Document type: Recognition
Year: 1437
Scribe: Pere Ponçgem
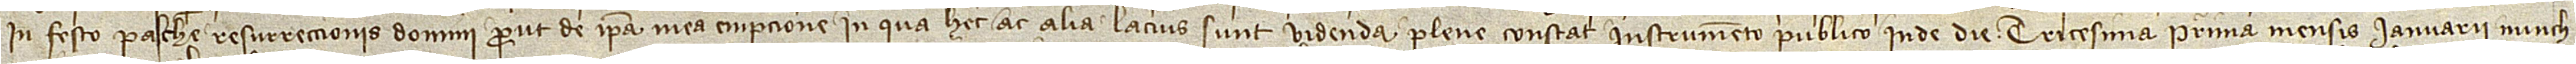
in festo Pasche Resurreccionis Domini, prout de ipsa mea empcione in qua hec ac alia lacius sunt videnda plene constat instrumento publico inde die tricesima prima mensis ianuarii nunch